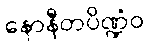
နောနီတပိဏ္ဍံဝ